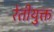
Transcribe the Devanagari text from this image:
रेतीयुक्त